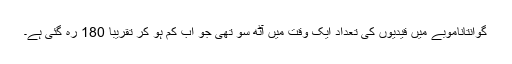
گوانتاناموبے میں قیدیوں کی تعداد ایک وقت میں آٹھ سو تھی جو اب کم ہو کر تقریباً 180 رہ گئی ہے۔